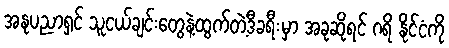
အနုပညာရှင် သူငယ်ချင်းတွေနဲ့ထွက်တဲ့ဒီခရီးမှာ အခုဆိုရင် ဂရိ နိုင်ငံကို